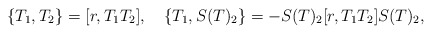
\begin{align*}\{T_1,T_2\}=[r,T_1T_2],~~~\{T_1,S(T)_2\}=-S(T)_2[r,T_1T_2]S(T)_2,\end{align*}